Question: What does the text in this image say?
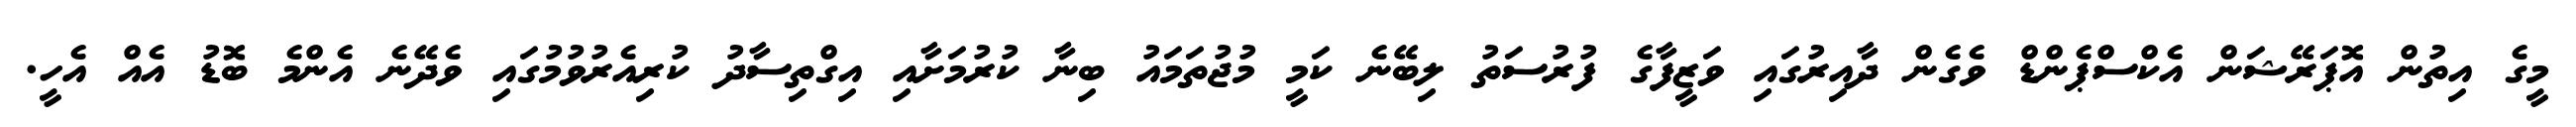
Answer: މީގެ އިތުން އޮޕަރޭޝަން އެކްސްޕެންޑް ވެގެން ދާއިރުގައި ވަޒީފާގެ ފުރުސަތު ލިބޭނެ ކަމީ މުޖުތަމައު ބިނާ ކުރުމަށާއި އިގްތިސާދު ކުރިއެރުވުމުގައި ވެދޭނެ އެންމެ ބޮޑު އެއް އެހީ.